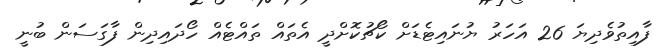
ފާއިތުވެދިޔަ 26 އަހަރު ޔުނައިޓެޑަށް ކޯޗުކޮށްދީ އެތައް ތައްޓެއް ހޯދައިދިން ފާގަސަން ބުނީ